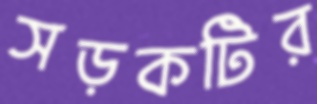
সড়কটির